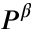
P ^ { \beta }